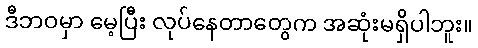
ဒီဘဝမှာ မေ့ပြီး လုပ်နေတာတွေက အဆုံးမရှိပါဘူး။